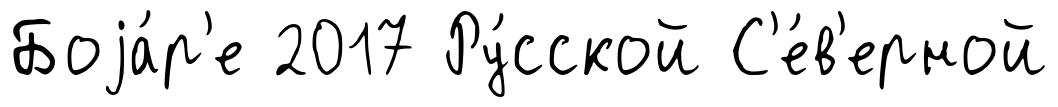
Боjа́р'е 2017 Ру́сской С'е́в'ерной